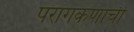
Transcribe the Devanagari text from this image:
परागकणांची